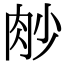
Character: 𦙧